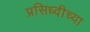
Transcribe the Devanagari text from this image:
प्रसिध्दीच्या